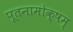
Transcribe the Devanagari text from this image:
पूतनामोक्षम्